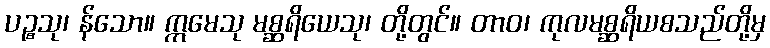
ပဉ္စသု၊ န်သော။ ဣမေသု မစ္ဆရိယေသု၊ တို့တွင်။ တာဝ၊ ကုလမစ္ဆရိယစသည်တို့မှ